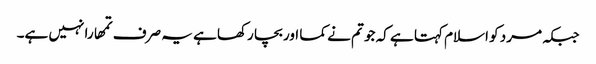
جبکہ مرد کو اسلام کہتا ہے کہ جو تم نے کما اور بچا رکھا ہے یہ صرف تمھارا نہیں ہے۔